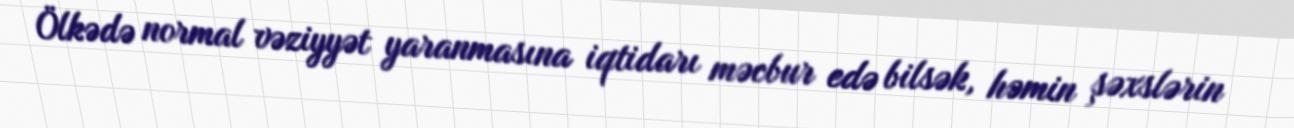
Ölkədə normal vəziyyət yaranmasına iqtidarı məcbur edə bilsək, həmin şəxslərin